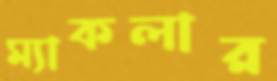
ম্যাকলার